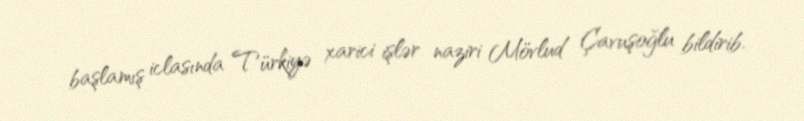
başlamış iclasında Türkiyə xarici işlər naziri Mövlud Çavuşoğlu bildirib.